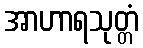
အာဟာရသုတ္တံ